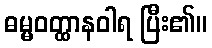
ဓမ္မဝတ္ထာနဝါရ ပြီး၏။